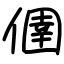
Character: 㒁